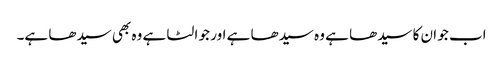
اب جو ان کا سیدھا ہے وہ سیدھا ہے اور جو الٹا ہے وہ بھی سیدھا ہے۔